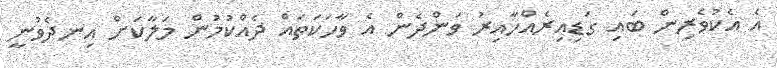
އެ އެކުވެރިން ބައި ގަޑިއިރެއްހާއިރު ވަންދެން އެ ވާހަކަތައް ދެއްކުމުން މަލާކަށް އިނދެވުނީ